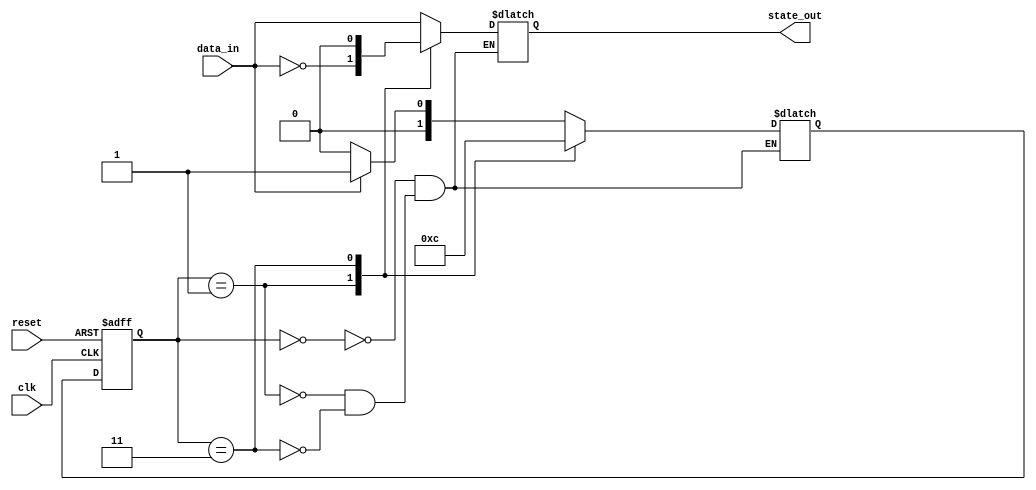
module mealy_state_machine (
    input clk,           // Clock input
    input reset,         // Reset input
    input data_in,       // Input data signal
    output reg state_out // Output state signal
);

// Define states
parameter S0 = 2'b00; // State 0
parameter S1 = 2'b01; // State 1

// Define wait states
parameter WAIT_STATE = 2'b11; // Wait state

// Define state register
reg [1:0] state_reg, state_next;

// State transition logic
always @ (posedge clk or posedge reset) begin
    if (reset) begin
        state_reg <= S0; // Initial state
    end else begin
        state_reg <= state_next; // Update state based on next state logic
    end
end

// State transition and output logic
always @ (*) begin
    case(state_reg)
        S0: begin
            if (data_in) begin
                state_next = S1; // Transition to state 1 on input
            end else begin
                state_next = S0; // Stay in current state
            end
            state_out = data_in; // Output based on input
        end
        S1: begin
            state_next = WAIT_STATE; // Transition to wait state 3
            state_out = ~data_in;    // Output based on input
        end
        WAIT_STATE: begin
            state_next = S0; // Transition back to state 0
            state_out = 1'b0; // Output 0 during wait state
        end
    endcase
end

endmodule